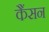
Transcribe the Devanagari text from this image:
कैंसन